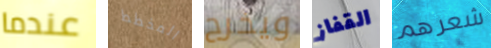
عندما المخطط ويخرج القفاز شعرهم